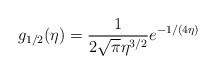
\begin{align*}g_{1/2}(\eta) = \frac{1}{2\sqrt{\pi}\eta^{3/2}} e^{-1/(4\eta)} \end{align*}